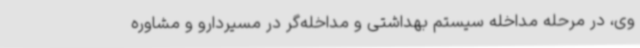
وی، در مرحله مداخله سیستم بهداشتی و مداخله‌گر در مسیردارو و مشاوره